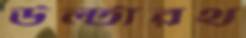
উল্টারথ